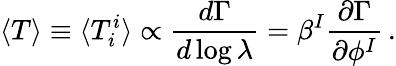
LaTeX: \langle T\rangle\equiv\langle T_{i}^{i}\rangle\propto{\frac{d\Gamma}{d\log\lambda}}=\beta^{I}{\frac{\partial\Gamma}{\partial\phi^{I}}}\, .